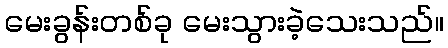
မေးခွန်းတစ်ခု မေးသွားခဲ့သေးသည်။